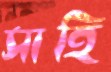
সাহি